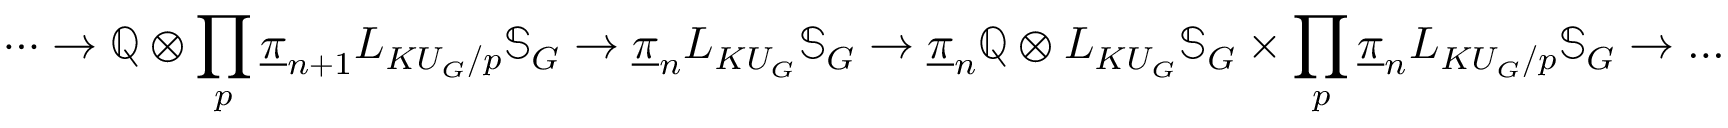
\cdots \to \mathbb { Q } \otimes \prod _ { p } \underline { { \pi } } _ { n + 1 } L _ { { K U _ { G } } / p } \mathbb { S } _ { G } \to \underline { { \pi } } _ { n } L _ { { K U _ { G } } } \mathbb { S } _ { G } \to \underline { { \pi } } _ { n } \mathbb { Q } \otimes L _ { K U _ { G } } \mathbb { S } _ { G } \times \prod _ { p } \underline { { \pi } } _ { n } L _ { { K U _ { G } } / p } \mathbb { S } _ { G } \to \dots